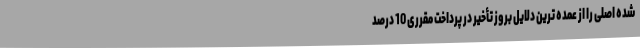
شده اصلی را از عمده‌ ترین دلایل بروز تأخیر در پرداخت مقرری 10 درصد